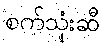
စက်သုံးဆီ